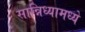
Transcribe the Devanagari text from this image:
सान्निध्यामध्ये